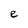
Character: e